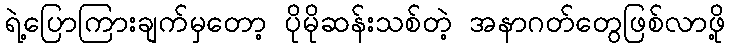
ရဲ့ပြောကြားချက်မှတော့ ပိုမိုဆန်းသစ်တဲ့ အနာဂတ်တွေဖြစ်လာဖို့